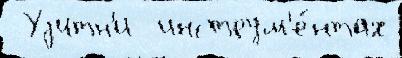
 Уjитн'и  инструм'е́нтах